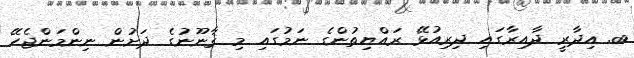
ބ. އިދާރީ ދާއިރާގައި ދިރިއުޅޭ ރައްޔިތުންގެ ނަމުގައި މި ޤާނޫނުގެ ދަށުން ނިންމަންޖެހޭ